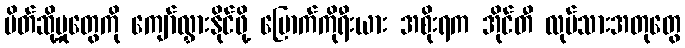
ပိတ်ဆို့မှုတွေကို ကျော်လွှားနိုင်ဖို့ မြောက်ကိုရီးယား အစိုးရက အိုင်တီ လုပ်သားအတုတွေ